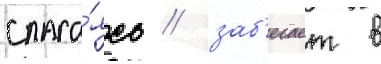
спаса́ясь / заб'егает в